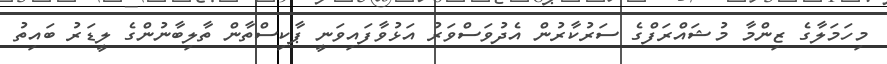
މިހަމަލާގެ ޒިންމާ މުޝައްރަފްގެ ސަރުކާރުން އެދުވަސްވަރު އަޅުވާފައިވަނީ ޕާކިސްތާން ތާލިބާނުންގެ ލީޑަރު ބައިތު